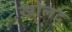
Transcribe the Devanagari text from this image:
ख़ोलद